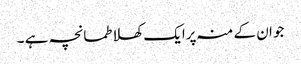
جو ان کے منہ پرایک کھلا طمانچہ ہے ۔